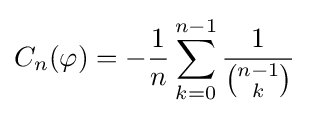
C_{n}(\varphi )=-{\frac {1}{n}}\sum _{k=0}^{n-1}{\frac {1}{\binom {n-1}{k}}}